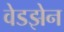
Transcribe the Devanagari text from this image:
वेडझेन